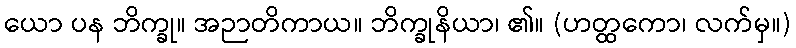
ယော ပန ဘိက္ခု။ အဉာတိကာယ။ ဘိက္ခုနိယာ၊ ၏။ (ဟတ္ထကော၊ လက်မှ။)